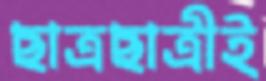
ছাত্রছাত্রীই